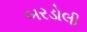
બરડોલી